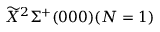
\widetilde { X } ^ { 2 } \Sigma ^ { + } ( 0 0 0 ) ( N = 1 )